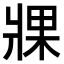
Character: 𤖇